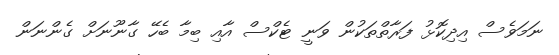
ނަމަވެސް އިދިކޮޅު ފަރާތްތަކުން ވަނީ ޓެކްސް އާއި ބިމާ ބެހޭ ގާނޫނަށް ގެންނަން